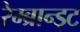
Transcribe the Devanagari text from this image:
रेम्ब्रान्ड्ट